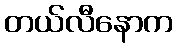
တယ်လီနောက